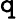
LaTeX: \mathtt{q}